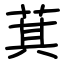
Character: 萁